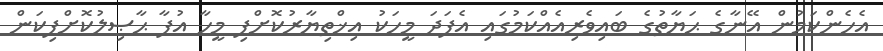
އެހެންކަމުން އޭނާގެ ޙަޔާތުގެ ބައިވެރިއެއްކަމުގައި އެފަދަ މީހަކު އިޚްތިޔާރުކޮށްފި މީހާ އުފާ ޙާޞިލުކޮށްފިކަން